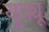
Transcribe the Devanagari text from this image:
यूक्यू